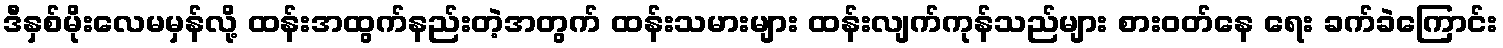
ဒီနှစ်မိုးလေမမှန်လို့ ထန်းအထွက်နည်းတဲ့အတွက် ထန်းသမားများ ထန်းလျက်ကုန်သည်များ စားဝတ်နေ ရေး ခက်ခဲကြောင်း